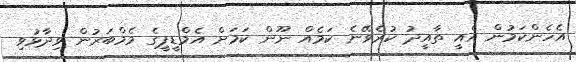
އެހެންކަމުން އެއީ ތާއީދު ކުރެވޭނެ ކަމެއް ނޫން ކަމަށް އެމްޑީޕީގެ މެމްބަރުން ވިދާޅުވި